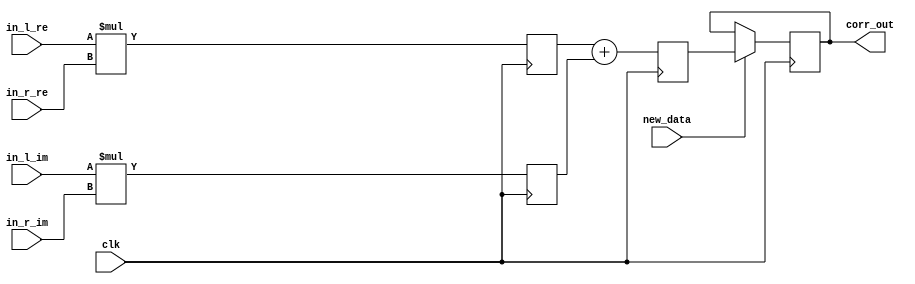
module corr (clk, new_data, in_l_re, in_l_im, in_r_re, in_r_im, corr_out);
    parameter sh_reg_w  = 4'b1000;
    input clk; 
    input new_data; 
    input[sh_reg_w - 1:0] in_l_re; 
    input[sh_reg_w - 1:0] in_l_im; 
    input[sh_reg_w - 1:0] in_r_re; 
    input[sh_reg_w - 1:0] in_r_im; 
    output[2 * sh_reg_w - 1:0] corr_out; 
    reg[2 * sh_reg_w - 1:0] corr_out;
    wire[sh_reg_w - 1:0] in_l_re_reg; 
    wire[sh_reg_w - 1:0] in_l_im_reg; 
    wire[sh_reg_w - 1:0] in_r_re_reg; 
    wire[sh_reg_w - 1:0] in_r_im_reg; 
    reg[2 * sh_reg_w - 1:0] lrexrre_reg; 
    reg[2 * sh_reg_w - 1:0] limxrim_reg; 
    reg[2 * sh_reg_w - 1:0] corr_out_tmp; 
    always @(posedge clk)
    begin
			lrexrre_reg <= in_l_re * in_r_re;
			limxrim_reg <= in_l_im * in_r_im;
          if (new_data == 1'b1)
          begin
             corr_out <= corr_out_tmp ; 
          end 
          else
          begin
             corr_out <= corr_out; 
          end 
          corr_out_tmp <= lrexrre_reg + limxrim_reg ; 
    end 
 endmodule